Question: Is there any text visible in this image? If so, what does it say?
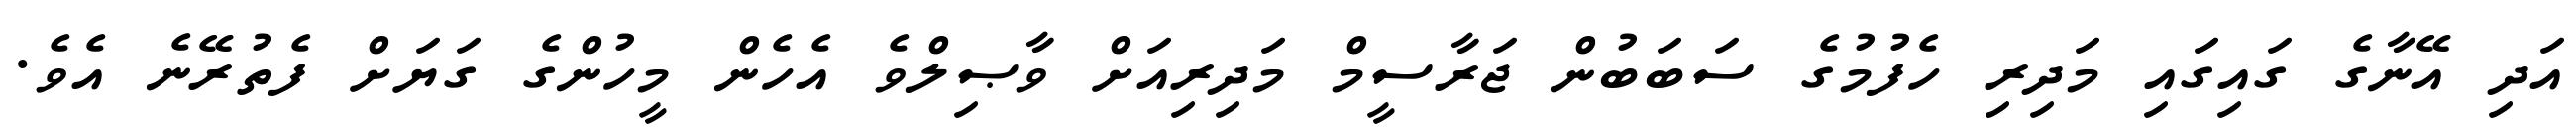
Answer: އަދި އޭނާގެ ގައިގައި މަދިރި ހެފުމުގެ ސަބަބުން ޖަރާސީމް މަދިރިއަށް ވާޞިލްވެ އެހެން މީހުންގެ ގަޔަށް ފެތުރޭނެ އެވެ.